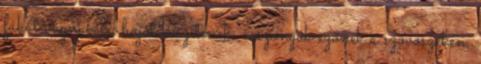
fákat vágnak le, hajót készítenek; asszonyok szőnek a szövőszéken,